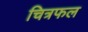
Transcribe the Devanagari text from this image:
चित्रफल